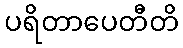
ပရိတာပေတီတိ